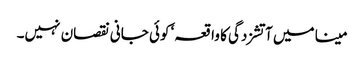
مینا میں آتشزدگی کا واقعہ‘ کوئی جانی نقصان نہیں۔